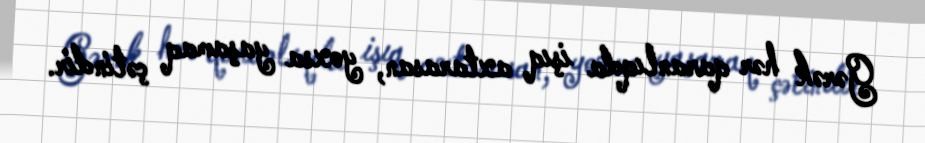
Gərək hər qaranlıqda işıq axtarasan, yoxsa yaşamaq çətindir.